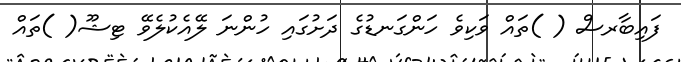
ފައިބާރސް ( )ތައް ވަކިވެ ހަންގަނޑުގެ ދަށުގައި ހުންނަ ލޭއެކުލެވޭ ޓިޝޫ( )ތައް